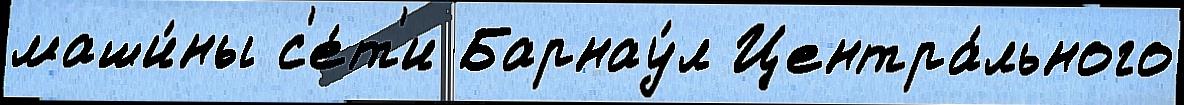
маши́ны с'е́т'и Барнау́л Центра́льного